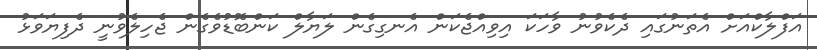
އަފްލާކްއަށް އެތަނުގައި ދެކެވުނު ވާހަކަ އިވިއްޖެކަން އެނގިގެން ލަޔާލް ކަންބޮޑުވެގެން ޖެހިލެވުނީ ދެފިޔަވަޅު